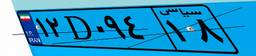
۴۰D۹۵۴۵۳